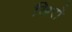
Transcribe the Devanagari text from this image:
खिरो